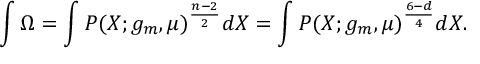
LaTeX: \int \Omega = \int P ( X ; g _ { m } , \mu ) ^ { \frac { n - 2 } { 2 } } d X = \int P ( X ; g _ { m } , \mu ) ^ { \frac { 6 - d } { 4 } } d X .